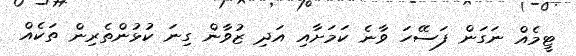
ޓީމެއް ނަގަން ފަސޭހަ ވާނެ ކަމަށާއި އަދި ޒުވާން ގިނަ ކުޅުންތެރިން ތަކެއް